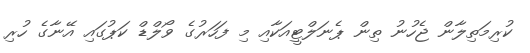
ކުރިމަތިލާން ޖެހުނު ތިން ޕެނަލްޓީއަކާއި މި ފަހަރުގެ ވޯލްޑް ކަޕުގައި އޭނާގެ ހުރި